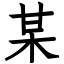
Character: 某